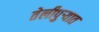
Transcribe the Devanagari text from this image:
तेलीपुर्‍यात